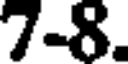
7-8.